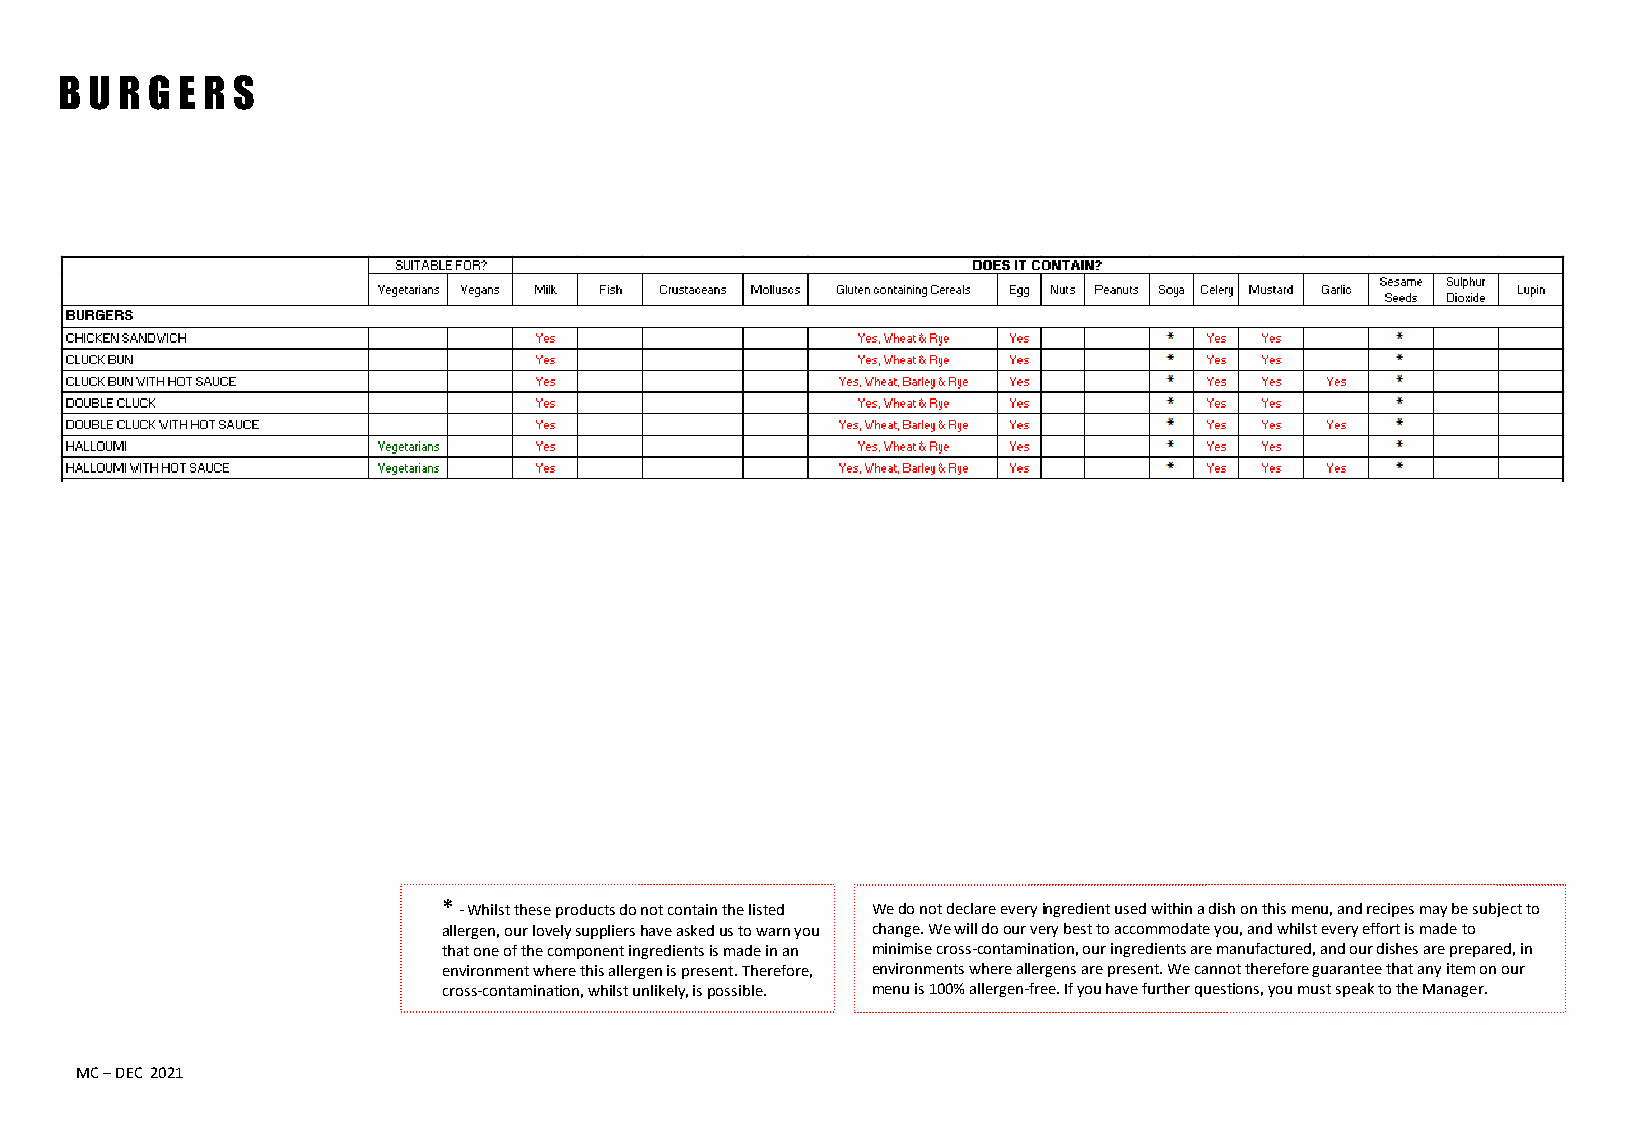
B U R G E R S
 * - Whilst these products do not contain the listed We do not declare every ingredient used within a dish on this menu, and recipes may be subject to
 allergen, our lovely suppliers have asked us to warn you change. We will do our very best to accommodate you, and whilst every effort is made to
 that one of the component ingredients is made in an minimise cross-contamination, our ingredients are manufactured, and our dishes are prepared, in
 environment where this allergen is present. Therefore, environments where allergens are present. We cannot therefore guarantee that any item on our
 cross-contamination, whilst unlikely, is possible. menu is 100% allergen-free. If you have further questions, you must speak to the Manager.
 MC – DEC 2021